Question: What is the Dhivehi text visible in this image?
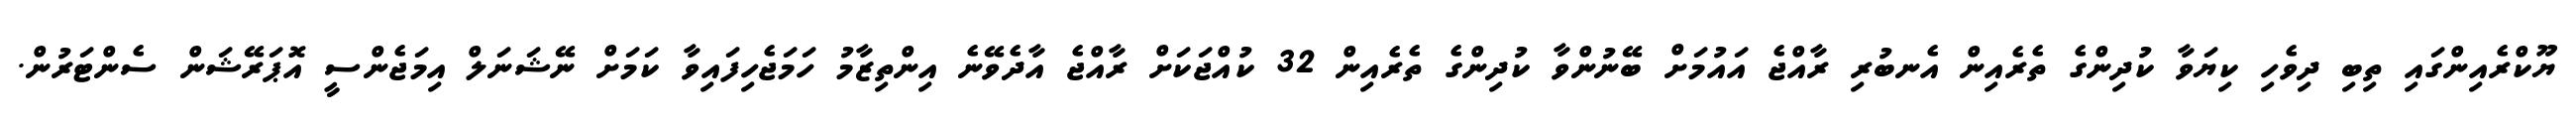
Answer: ޔޫކްރެއިންގައި ތިބި ދިވެހި ކިޔަވާ ކުދިންގެ ތެރެއިން އެނބުރި ރާއްޖެ އައުމަށް ބޭނުންވާ ކުދިންގެ ތެރެއިން 32 ކުއްޖަކަށް ރާއްޖެ އާދެވޭނެ އިންތިޒާމު ހަމަޖެހިފައިވާ ކަމަށް ނޭޝަނަލް އިމަޖެންސީ އޮޕަރޭޝަން ސެންޓަރުން.